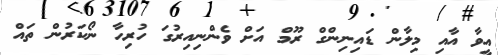
އީވާ އާއި މިލާން ޑައިނިންގް ރޫމް އަށް ވެންނިއިރުގަ ހުރިހާ ނޯކަރުން ތައް